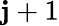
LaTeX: \mathbf{j}+1